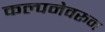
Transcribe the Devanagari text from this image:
कल्पनेवरून